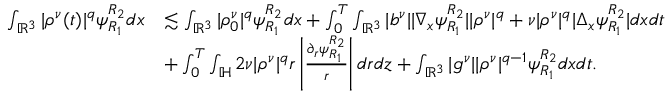
\begin{array} { r l } { \int _ { \mathbb { R } ^ { 3 } } | \rho ^ { \nu } ( t ) | ^ { q } \psi _ { R _ { 1 } } ^ { R _ { 2 } } d x } & { \lesssim \int _ { \mathbb { R } ^ { 3 } } | \rho _ { 0 } ^ { \nu } | ^ { q } \psi _ { R _ { 1 } } ^ { R _ { 2 } } d x + \int _ { 0 } ^ { T } \int _ { \mathbb { R } ^ { 3 } } | b ^ { \nu } | | \nabla _ { x } \psi _ { R _ { 1 } } ^ { R _ { 2 } } | | \rho ^ { \nu } | ^ { q } + \nu | \rho ^ { \nu } | ^ { q } | \Delta _ { x } \psi _ { R _ { 1 } } ^ { R _ { 2 } } | d x d t } \\ & { + \int _ { 0 } ^ { T } \int _ { \mathbb { H } } 2 \nu | \rho ^ { \nu } | ^ { q } r \left| \frac { \partial _ { r } \psi _ { R _ { 1 } } ^ { R _ { 2 } } } { r } \right| d r d z + \int _ { \mathbb { R } ^ { 3 } } | g ^ { \nu } | | \rho ^ { \nu } | ^ { q - 1 } \psi _ { R _ { 1 } } ^ { R _ { 2 } } d x d t . } \end{array}